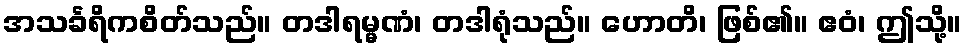
အသင်္ခရိကစိတ်သည်။ တဒါရမ္မဏံ၊ တဒါရုံသည်။ ဟောတိ၊ ဖြစ်၏။ ဧဝံ၊ ဤသို့။